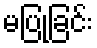
မပြုခြင်း